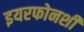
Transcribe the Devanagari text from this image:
इयरफोनशी